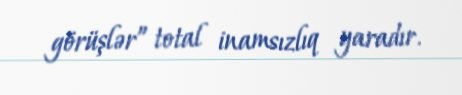
görüşlər” total inamsızlıq yaradır.